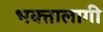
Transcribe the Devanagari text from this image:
भक्‍तालागी